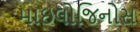
માઇલોજિનોસ